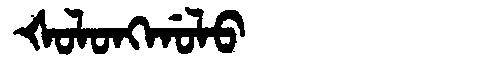
Manchu: ᡧᠣᠯᠣᠩᡤᠣᠯᠣ
Romanization: ŠOLONGGOLO